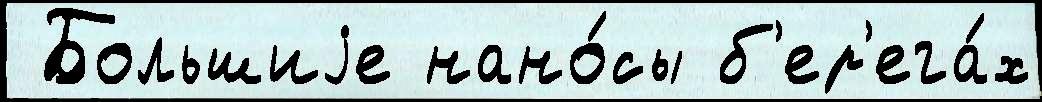
 Большиjе нано́сы б'ер'ега́х